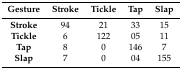
<table><thead><tr><td><b>Gesture</b></td><td><b>Stroke</b></td><td><b>Tickle</b></td><td><b>Tap</b></td><td><b>Slap</b></td></tr></thead><tbody><tr><td><b>Stroke</b></td><td>94</td><td>21</td><td>33</td><td>15</td></tr><tr><td><b>Tickle</b></td><td>6</td><td>122</td><td>05</td><td>11</td></tr><tr><td><b>Tap</b></td><td>8</td><td>0</td><td>146</td><td>7</td></tr><tr><td><b>Slap</b></td><td>7</td><td>0</td><td>04</td><td>155</td></tr></tbody></table>